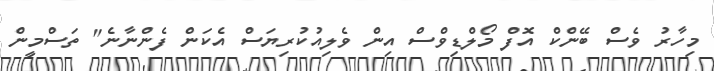
މިހާރު ވެސް ބޭންކް އޮފް މޯލްޑިވްސް އިން ވެލިއުކުރިޔަސް އެކަން ފެންނާނެ" ތަސްމީން